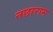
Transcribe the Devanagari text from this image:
नछाराम